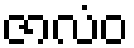
ဇာလံဝ